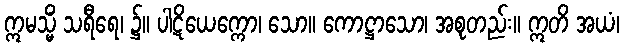
ဣမသ္မိံ သရီရေ၊ ၌။ ပါဋိယေက္ကော၊ သော။ ကောဋ္ဌာသော၊ အစုတည်း။ ဣတိ အယံ၊